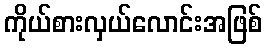
ကိုယ်စားလှယ်လောင်းအဖြစ်